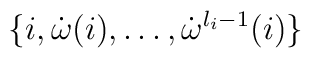
\{ i, \dot{\omega}(i), \ldots, \dot{\omega}^{l_i-1}(i) \}